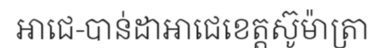
អាជេ-បាន់ដាអាជេខេត្តស៊ូម៉ាត្រា